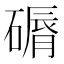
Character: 磭